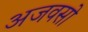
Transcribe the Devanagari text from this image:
अजवसो